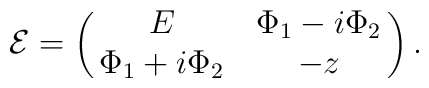
{\cal E}=\pmatrix{E & \Phi_1-i\Phi_2 \cr\Phi_1+i\Phi_2 & -z}.